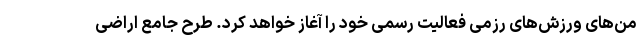
من‌های ورزش‌های رزمی فعالیت رسمی خود را آغاز خواهد کرد. طرح جامع اراضی